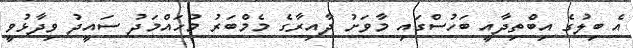
އެ ބިލުގެ އިބްތިދާއީ ބަހުސްގައި މާވަށު ދާއިރާގެ މެމްބަރު މުހައްމަދު ސައީދު ވިދާޅުވީ